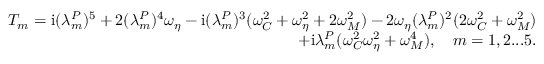
\begin{array} { r } { T _ { m } = \mathrm { i } ( \lambda _ { m } ^ { P } ) ^ { 5 } + 2 ( \lambda _ { m } ^ { P } ) ^ { 4 } \omega _ { \eta } - \mathrm { i } ( \lambda _ { m } ^ { P } ) ^ { 3 } ( \omega _ { C } ^ { 2 } + \omega _ { \eta } ^ { 2 } + 2 \omega _ { M } ^ { 2 } ) - 2 \omega _ { \eta } ( \lambda _ { m } ^ { P } ) ^ { 2 } ( 2 \omega _ { C } ^ { 2 } + \omega _ { M } ^ { 2 } ) } \\ { + \mathrm { i } \lambda _ { m } ^ { P } ( \omega _ { C } ^ { 2 } \omega _ { \eta } ^ { 2 } + \omega _ { M } ^ { 4 } ) , \quad m = 1 , 2 . . . 5 . } \end{array}